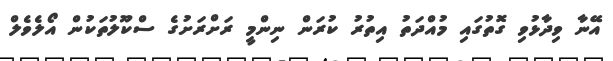
އޭނާ ވިދާޅުވި ގޮތުގައި މުއްދަތު އިތުރު ކުރަން ނިންމީ ރަށްރަށުގެ ސްކޫލުތަކުން އޯލެވެލް